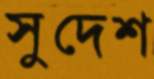
সুদেশ